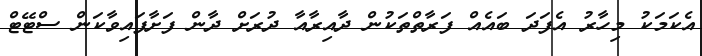
އެކަމަކު މިހާރު އެފަދަ ބައެއް ފަރާތްތަކުން ދާއިރާއާ ދުރަށް ދާން ފަށާފައިވާކަން ސްޓޭޓް